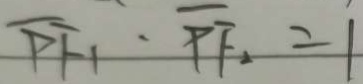
\overline { P F _ { 1 } } : \overline { P F _ { 2 } } = 1